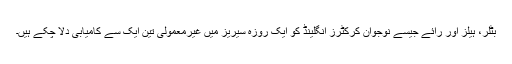
بٹلر، ہیلز اور رائے جیسے نوجوان کرکٹرز انگلینڈ کو ایک روزہ سیریز میں غیرمعمولی تین ایک سے کامیابی دلا چکے ہیں۔